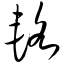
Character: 辂